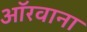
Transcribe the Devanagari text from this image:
ऑरवाना